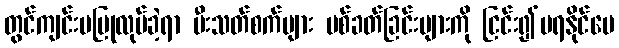
တွင်ကျင်းပပြုလုပ်ခဲ့ရာ မီးသတ်စက်များ ပစ်ခတ်ခြင်းများကို ငြင်း၍မရနိုင်ပေ